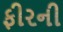
ફીરની